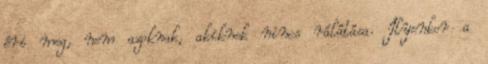
éri meg, nem azoknak, akiknek nincs rálátása. Ilyenkor a